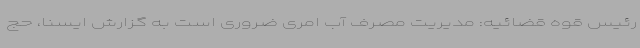
رئیس قوه قضائیه: مدیریت مصرف آب امری ضروری است به گزارش ایسنا، حج